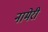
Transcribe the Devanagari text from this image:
नामेरी